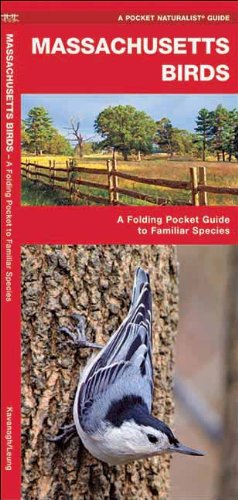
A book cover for Massachusetts Birds: A Folding Pocket Guide to Familiar Species (Pocket Naturalist Guide Series); James Kavanagh; Travel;